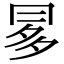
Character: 𠕝